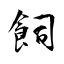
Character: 飼